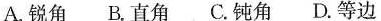
A.锐角 B.直角 C.钝角 D.等边